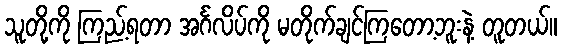
သူတို့ကို ကြည့်ရတာ အင်္ဂလိပ်ကို မတိုက်ချင်ကြတော့ဘူးနဲ့ တူတယ်။